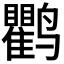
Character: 𬸱